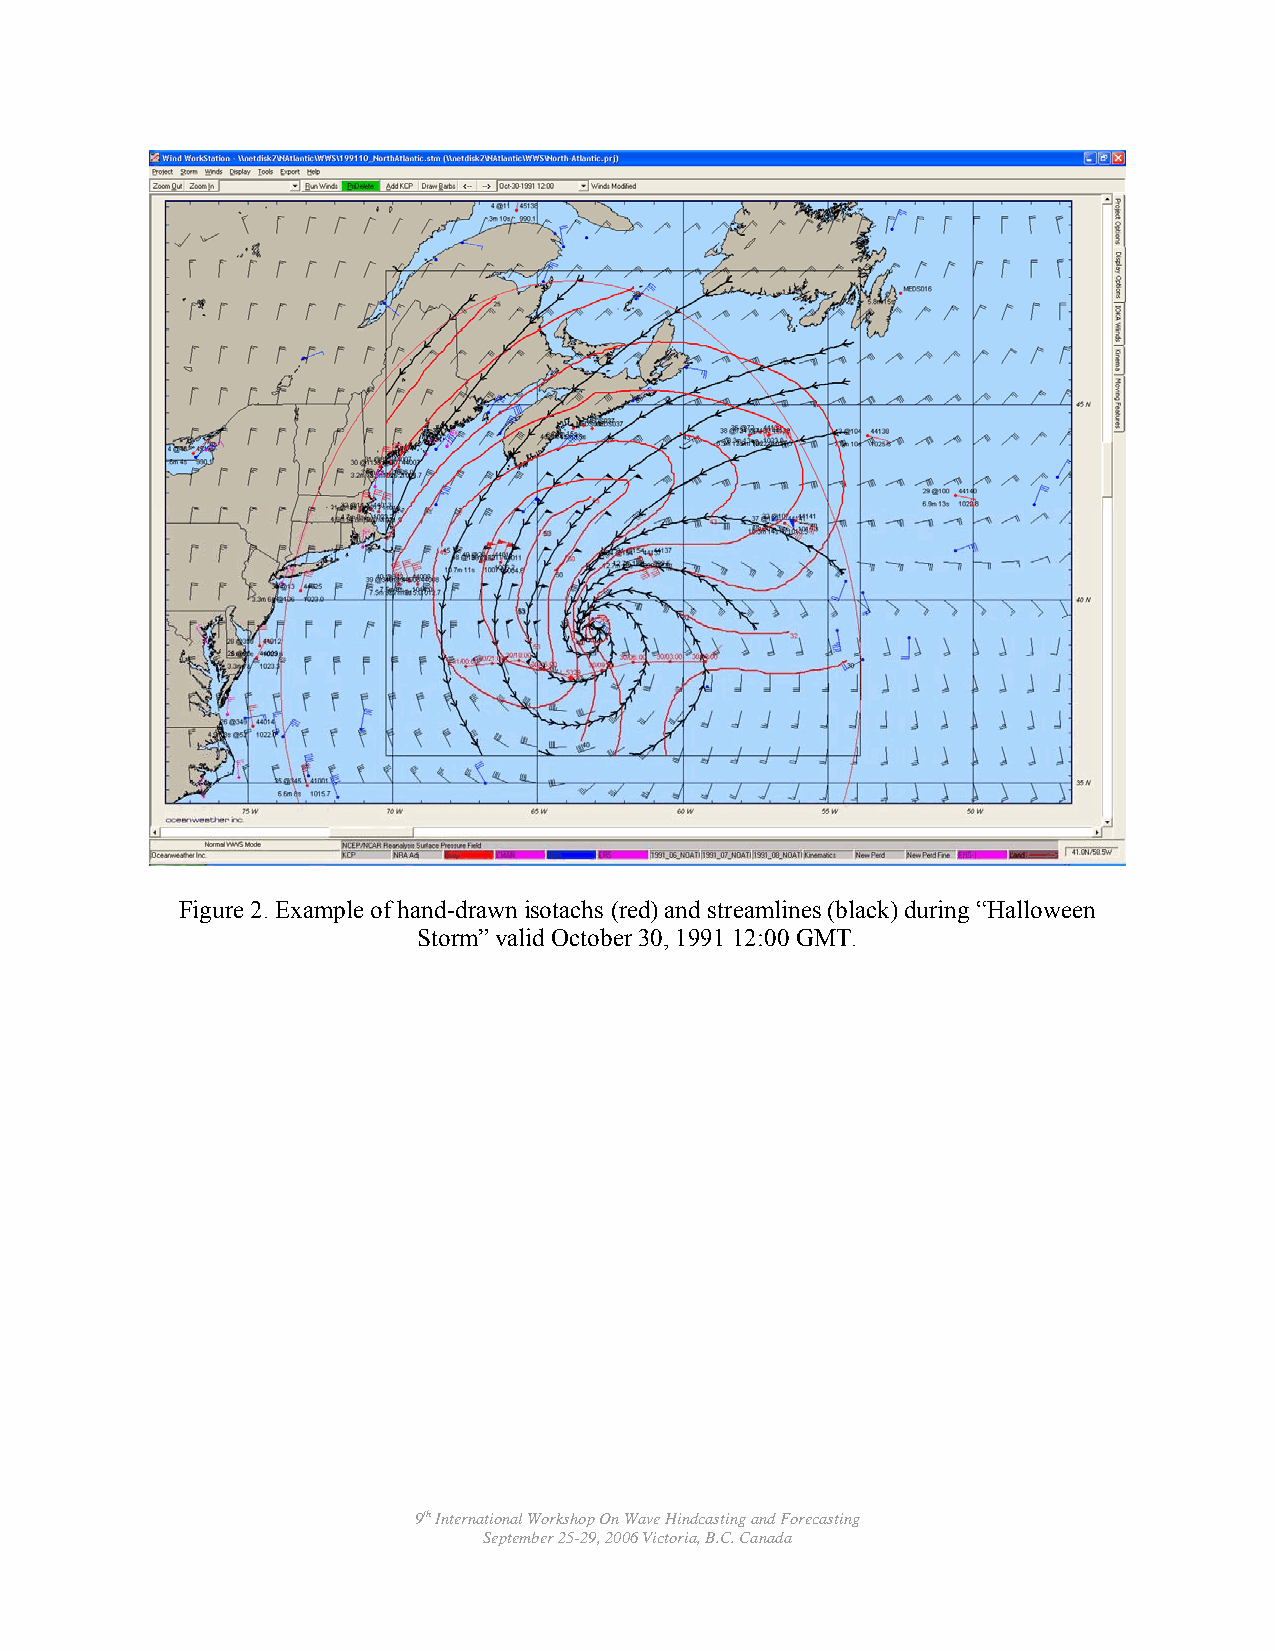
Figure 2. Example of hand-drawn isotachs (red) and streamlines (black) during “Halloween
 Storm” valid October 30, 1991 12:00 GMT.
 9th International Workshop On Wave Hindcasting and Forecasting
 September 25-29, 2006 Victoria, B.C. Canada